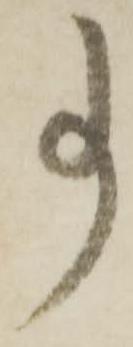
事